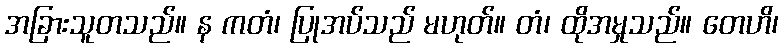
အခြားသူတသည်။ န ကတံ၊ ပြုအပ်သည် မဟုတ်။ တံ၊ ထိုအမှုသည်။ တေဟိ၊